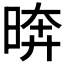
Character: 𪰫